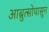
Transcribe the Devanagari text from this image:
आब्रुत्सोपासून